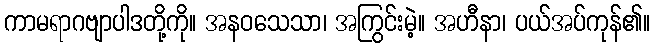
ကာမရာဂဗျာပါဒတို့ကို။ အနဝသေသာ၊ အကြွင်းမဲ့။ အဟီနာ၊ ပယ်အပ်ကုန်၏။